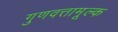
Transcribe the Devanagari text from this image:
गुणवत्तामूल्क